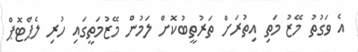
އެ ވަގުތު މޭޒު މަތި އިތުރަށް ތަރުތީބުކޮށް ލަމުން މޭޒުމަތީގައި ހުރި ލެޕްޓޮޕް